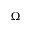
\Omega